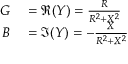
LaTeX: \begin{array} { r l } { G } & { { } = \Re ( Y ) = { \frac { R } { R ^ { 2 } + X ^ { 2 } } } } \\ { B } & { { } = \Im ( Y ) = - { \frac { X } { R ^ { 2 } + X ^ { 2 } } } } \end{array}